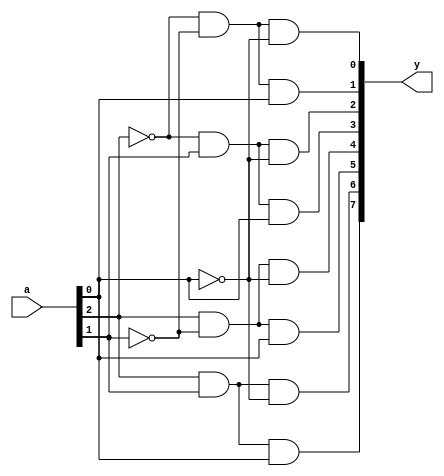
module decode38_a(
  input wire [2:0] a,
  output wire [7:0] y
);
  assign y[0] = ~a[2] & ~a[1] & ~a[0];
  assign y[1] = ~a[2] & ~a[1] & a[0];
  assign y[2] = ~a[2] & a[1] & ~a[0];
  assign y[3] = ~a[2] & a[1] & a[0];
  assign y[4] = a[2] & ~a[1] & ~a[0];
  assign y[5] = a[2] & ~a[1] & a[0];
  assign y[6] = a[2] & a[1] & ~a[0];
  assign y[7] = a[2] & a[1] & a[0];
endmodule